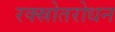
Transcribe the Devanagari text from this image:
रक्स्रोतरोधन